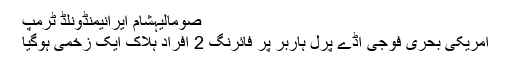
صومالیہشام ایرانیمنڈونلڈ ٹرمپ
امریکی بحری فوجی اڈے پرل ہاربر پر فائرنگ 2 افراد ہلاک ایک زخمی ہوگیا